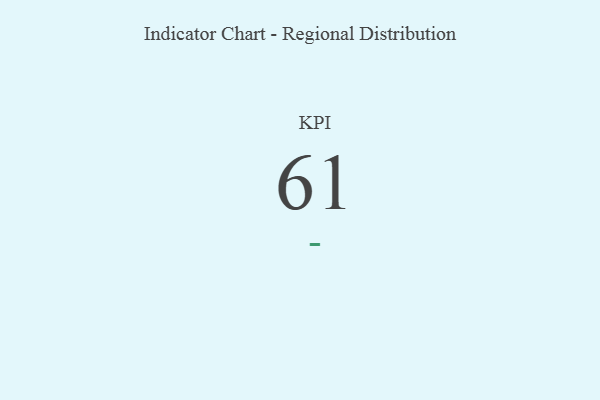
{"axis": {"x": "KPI", "y": "Value"}, "legend": [""], "data": [{"x": "KPI", "y": 61, "type": ""}]}